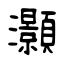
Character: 灝